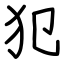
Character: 犯